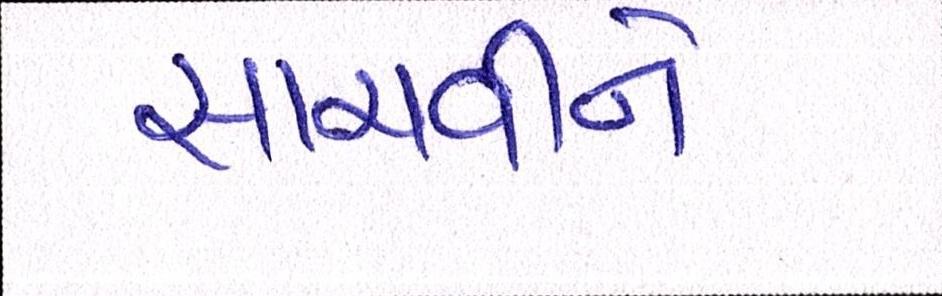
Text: સાચવીને